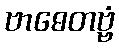
ဗာဓေတဗ္ဗံ